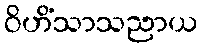
ဝိဟိံသာသညာယ